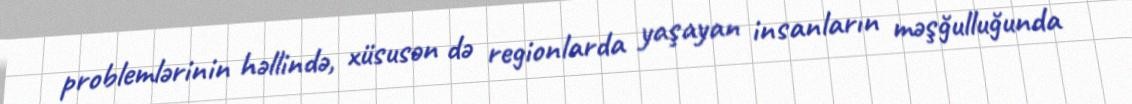
problemlərinin həllində, xüsusən də regionlarda yaşayan insanların məşğulluğunda